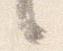
言